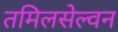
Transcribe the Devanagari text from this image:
तमिलसेल्वन